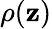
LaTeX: \rho(\mathbf{z})